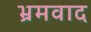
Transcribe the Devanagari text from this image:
भ्रमवाद